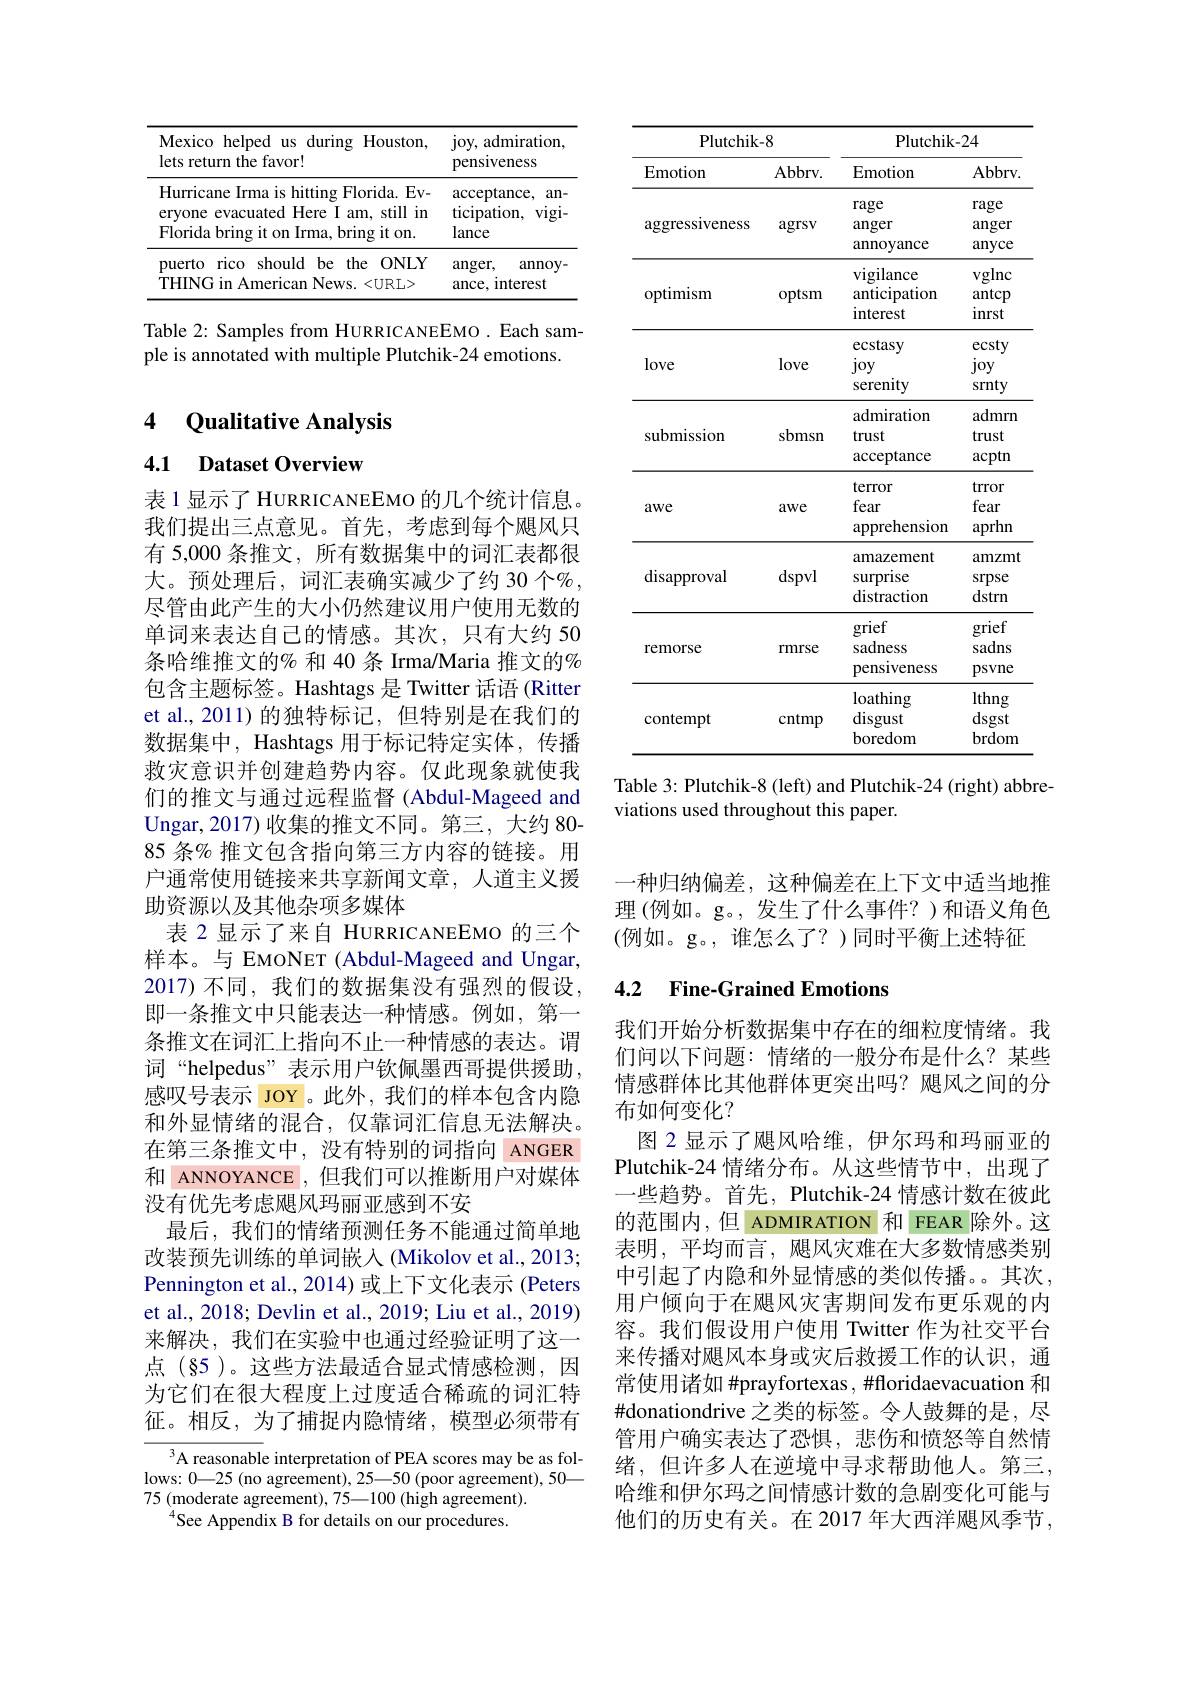
<table>
	<tbody>
		<tr>
			<th>Mexico helped us during Houston, lets return the favor!</th>
			<th>joy, admiration, pensiveness</th>
		</tr>
		<tr>
			<td>Hurricane Irma is hitting Florida. Ev- eryone evacuated Here I am, still in Florida bring it on Irma, bring it on</td>
			<td>${\mathrm{acceptance}}$, an ticipation, $vigi.$ lance</td>
		</tr>
		<tr>
			<td>puerto rico should be the ONLY THING in American News. <URL></td>
			<td>$anger$, annoy ance, I interest</td>
		</tr>
	</tbody>
</table>

Table 2: Samples from HURRICANEEMO. Each sam-
ple is annotated with multiple Plutchik-24 emotions.

4 Qualitative Analysis

4.1 Dataset Overview

表 1 显示了 HURRICANEEMO 的几个统计信息。我们提出三点意见。首先，考虑到每个飓风只有 5,000 条推文，所有数据集中的词汇表都很大。预处理后，词汇表确实减少了约 30 个%, 尽管由此产生的大小仍然建议用户使用无数的单词来表达自己的情感。其次，只有大约 50条哈维推文的% 和 40 条 Irma/Maria 推文的% 包含主题标签。Hashtags 是 Twitter 话语 (Ritter et al.,2011)的独特标记，但特别是在我们的数据集中，Hashtags 用于标记特定实体，传播救灾意识并创建趋势内容。仅此现象就使我们的推文与通过远程监督 (Abdul-Mageed and Ungar,2017)收集的推文不同。第三，大约 80- 85 条% 推文包含指向第三方内容的链接。用户通常使用链接来共享新闻文章，人道主义援助资源以及其他杂项多媒体
表 2 显示了来自 HURRICANEEMO 的三个样本。与 EMONET (Abdul-Mageed and Ungar, 2017)不同，我们的数据集没有强烈的假设， 即一条推文中只能表达一种情感。例如，第一条推文在词汇上指向不止一种情感的表达。谓词“helpedus”表示用户钦佩墨西哥提供援助， 感叹号表示 JOY 。此外，我们的样本包含内隐和外显情绪的混合，仅靠词汇信息无法解决。在第三条推文中，没有特别的词指向 ANGER 和 ANNOYANCE ,但我们可以推断用户对媒体没有优先考虑飓风玛丽亚感到不安
最后，我们的情绪预测任务不能通过简单地改装预先训练的单词嵌入 (Mikolov et al., 2013; Pennington et al., 2014) 或上下文化表示 (Peters et al., 2018; Devlin et al., 2019; Liu et al., 2019) 来解决，我们在实验中也通过经验证明了这一点(§5)。这些方法最适合显式情感检测，因为它们在很大程度上过度适合稀疏的词汇特征。相反，为了捕捉内隐情绪，模型必须带有
${^{3}\text{A reasonable interpretation of PEA scores may be as fol-}}$

lows: 0—25 (no agreement), 25—50 (poor agreement), 50—
75 $( {\mathrm{moderate~agreement}}) , 75— 100$ $( {\mathrm{high~agreement}}) .$
$^{4}$See Appendix B for details on our procedures.

<table>
	<tbody>
		<tr>
			<th colspan="2">Plutchik-8</th>
			<th colspan="2">Plutchik-24</th>
		</tr>
		<tr>
			<th>Emotion</th>
			<th>$Abbrv.$</th>
			<th>Emotion</th>
			<th>Abbrv</th>
		</tr>
		<tr>
			<td>aggresslveness</td>
			<td>agrsv</td>
			<td>rage anger annoyance</td>
			<td>rage anger anyce</td>
		</tr>
		<tr>
			<td>optimism</td>
			<td>optsm</td>
			<td>vigilance anticipation $\operatorname{interest}$</td>
			<td>vglnc antcp inrst</td>
		</tr>
		<tr>
			<td>love</td>
			<td>love</td>
			<td>ecstasy joy serenity</td>
			<td>ecsty joy srnty</td>
		</tr>
		<tr>
			<td>submission</td>
			<td>sbmsn</td>
			<td>admiration trust ${\mathrm{acceptance}}$</td>
			<td>admrn trust acptn</td>
		</tr>
		<tr>
			<td>awe</td>
			<td>awe</td>
			<td>terror fear apprehension</td>
			<td>trror fear aprhn</td>
		</tr>
		<tr>
			<td>disapproval</td>
			<td>dspvl</td>
			<td>amazement Surprıse distraction</td>
			<td>amzmt srpse dstrn</td>
		</tr>
		<tr>
			<td>remorse</td>
			<td>rmrse</td>
			<td>grief sadness pensiveness</td>
			<td>grief sadns psvne</td>
		</tr>
		<tr>
			<td>contempt</td>
			<td>cntmp</td>
			<td>loathing disgust boredom</td>
			<td>lthng dsgst brdom</td>
		</tr>
	</tbody>
</table>
Table 3: Plutchik-8 (left) and Plutchik-24 (right) abbre-

viations used throughout this paper.

一种归纳偏差，这种偏差在上下文中适当地推理 (例如。g。,发生了什么事件？)和语义角色(例如。g。,谁怎么了？)同时平衡上述特征

### 4.2 Fine-Grained Emotions

我们开始分析数据集中存在的细粒度情绪。我们问以下问题：情绪的一般分布是什么？某些情感群体比其他群体更突出吗？飓风之间的分布如何变化？
图 2 显示了飓风哈维，伊尔玛和玛丽亚的Plutchik-24 情绪分布。从这些情节中，出现了一些趋势。首先，Plutchik-24 情感计数在彼此的范围内，但 ADMIRATION 和 FEAR 除外。这表明，平均而言，飓风灾难在大多数情感类别中引起了内隐和外显情感的类似传播。。其次， 用户倾向于在飓风灾害期间发布更乐观的内容。我们假设用户使用 Twitter 作为社交平台来传播对飓风本身或灾后救援工作的认识，通常使用诸如 #prayfortexas, #floridaevacuation 和#donationdrive 之类的标签。令人鼓舞的是，尽管用户确实表达了恐惧，悲伤和愤怒等自然情绪，但许多人在逆境中寻求帮助他人。第三， 哈维和伊尔玛之间情感计数的急剧变化可能与他们的历史有关。在 2017 年大西洋飓风季节，